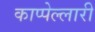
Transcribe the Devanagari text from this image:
काप्पेल्लारी